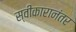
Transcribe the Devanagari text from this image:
स्वीकारानंतर